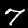
Digit: 7